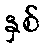
နှစ်